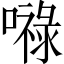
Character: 𭋙